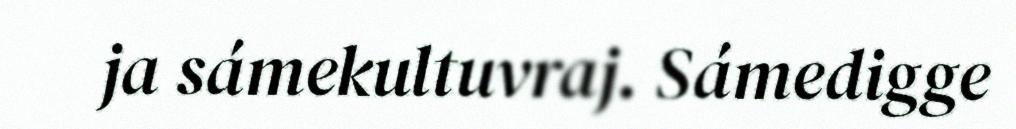
ja sámekultuvraj. Sámedigge